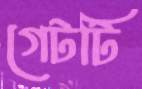
গেটটি